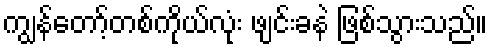
ကျွန်တော့်တစ်ကိုယ်လုံး ဖျင်းခနဲ ဖြစ်သွားသည်။